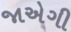
જાએગી